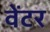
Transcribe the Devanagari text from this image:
वेंटर